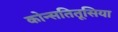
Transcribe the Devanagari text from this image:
कोन्सतितूसिया